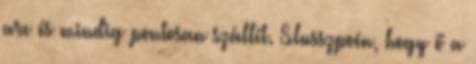
arc és mindig pontosan szállít. Slusszpoén, hogy ő a